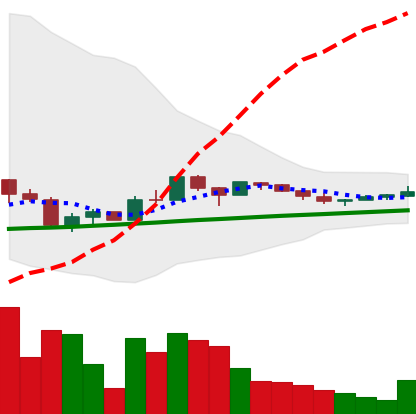
Ticker: LTC-USD
Chart end date: 2017-10-08
Forward return: 11.829%
Label: up_7plus